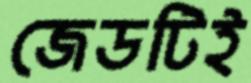
জেডটিই